Annual administration and progress report of the Indian Medical Department, Bombay
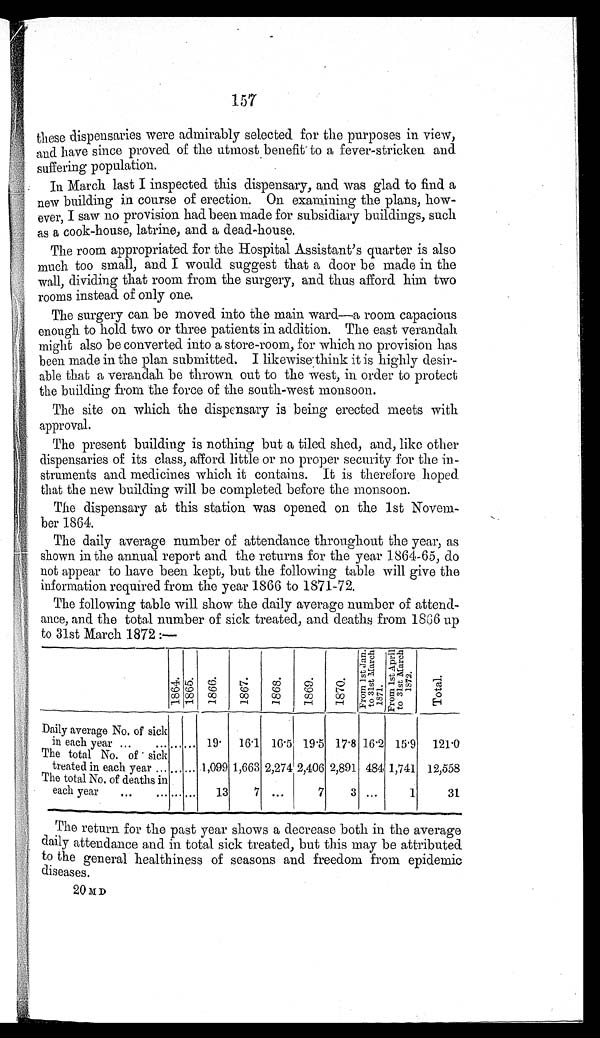
157
these dispensaries were admirably selected for the purposes in view,
and have since proved of the utmost benefit to a fever-stricken and
suffering population.
In March last I inspected this dispensary, and was glad to find a
new building in course of erection. On examining the plans, how-
ever, I saw no provision had been made for subsidiary buildings, such
as a cook-house, latrine, and a dead-house.
The room appropriated for the Hospital Assistant's quarter is also
much too small, and I would suggest that a door be made in the
wall, dividing that room from the surgery, and thus afford him two
rooms instead of only one.
The surgery can be moved into the main ward—a room capacious
enough to hold two or three patients in addition. The east verandah
might also be converted into a store-room, for which no provision has
been made in the plan submitted. I likewise think it is highly desir-
able that a verandah be thrown out to the west, in order to protect
the building from the force of the south-west monsoon.
The site on which the dispensary is being erected meets with
approval.
The present building is nothing but a tiled shed, and, like other
dispensaries of its class, afford little or no proper security for the in-
struments and medicines which it contains. It is therefore hoped
that the new building will be completed before the monsoon.
The dispensary at this station was opened on the 1st Novem-
ber 1864.
The daily average number of attendance throughout the year, as
shown in the annual report and the returns for the year 1864-65, do
not appear to have been kept, but the following table will give the
information required from the year 1866 to 1871-72.
The following table will show the daily average number of attend-
ance, and the total number of sick treated, and deaths from 1866 up
to 31st March 1872 :—
1864. 1865. 1866.
1 8 6 7 .
1 8 6 8 .
1 8 6 9 . 1870.
F r o m t h e 1 s t J a n .
t o 3 1 s t M a r c h
1871.
F r o m 1 s t A p r i l
t o 3 1 s t M a r c h
1872.
T o t a l .
Daily average No. of sick
in each year
...
...
1 9 .
1 6 . 1
1 6 . 5
1 9 . 5
1 7 . 8
1 6 . 2
1 5 . 9
1 2 1 . 0
The total No. of sick
treated in each year
... ...
1 , 0 9 9
1 , 6 6 3
2 , 2 7 4
2 , 4 0 6
2 , 8 9 1
4 8 4
1 , 7 4 1
1 2 , 5 5 8
The total No, of deaths in
each year
... ...
1 3
7
. . .
7
3 ...
1
3 1
The return for the past year shows a decrease both in the average
daily attendance and in total sick treated, but this may be attributed
to the general healthiness of seasons and freedom from epidemic
diseases.
2 0 MD